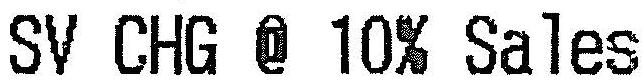
SV CHG @ 10% SALES